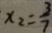
x _ { 2 } = \frac { 3 } { 7 }